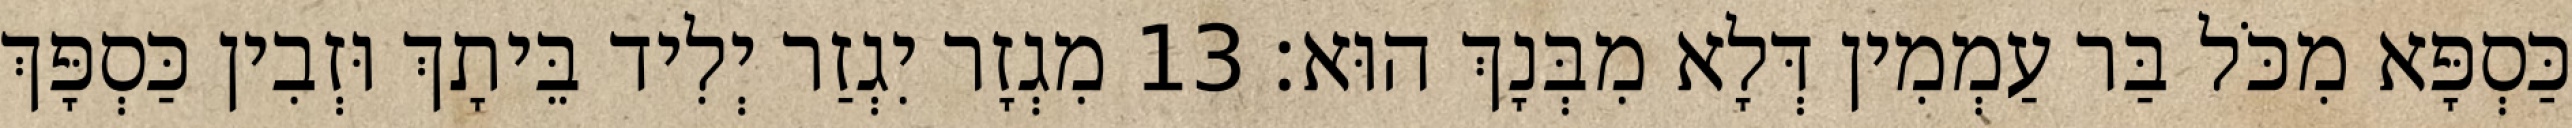
כַּסְפָּא מִכֹּל בַּר עַמְמִין דְּלָא מִבְּנָךְ הוּא׃ 13 מִגְזָר יִגְזַר יְלִיד בֵּיתָךְ וּזְבִין כַּסְפָּךְ